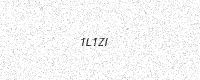
Text: 1L1ZI